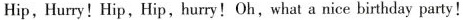
Hip, Hurry! Hip, Hip,hurry!Oh,what a nice birthday party!